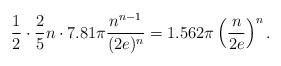
LaTeX: \begin{align*}\frac{1}{2}\cdot \frac{2}{5}n\cdot 7.81\pi\frac{n^{n-1}}{(2e)^n}=1.562\pi\left(\frac{n}{2e}\right)^n.\end{align*}